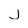
Character: j